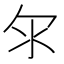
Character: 𣱹